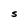
Character: S